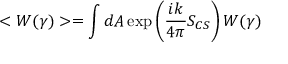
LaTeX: < W ( \gamma ) > = \int d A \exp \left( { \frac { i k } { 4 \pi } } S _ { C S } \right) W ( \gamma )